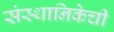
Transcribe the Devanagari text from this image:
संस्थानिकेची